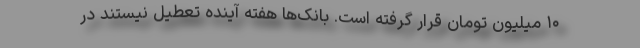
۱۰ میلیون تومان قرار گرفته است. بانک‌ها هفته آینده تعطیل نیستند در